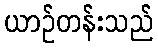
ယာဉ်တန်းသည်